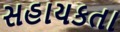
સહાયકતા